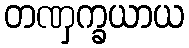
တဏှက္ခယာယ